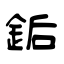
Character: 銗